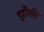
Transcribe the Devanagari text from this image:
झाँखी